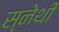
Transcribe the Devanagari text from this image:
स्नेथी